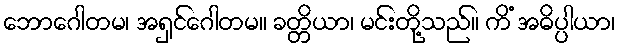
ဘောဂေါတမ၊ အရှင်ဂေါတမ။ ခတ္တိယာ၊ မင်းတို့သည်။ ကိံ အဓိပ္ပါယာ၊